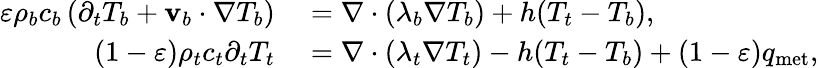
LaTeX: \begin{array}{rl}{\varepsilon\rho_{b}c_{b}\left(\partial_{t}T_{b}+\mathbf v_{b}\cdot\nabla T_{b}\right)}&{{}=\nabla\cdot(\lambda_{b}\nabla T_{b})+h(T_{t}-T_{b}),}\\ {(1-\varepsilon)\rho_{t}c_{t}\partial_{t}T_{t}}&{{}=\nabla\cdot(\lambda_{t}\nabla T_{t})-h(T_{t}-T_{b})+(1-\varepsilon)q_{\textrm{met}},}\end{array}